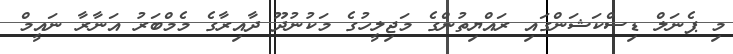
މި ޕެނަލް ޑިސްކަޝަންގައި ރައްޔިތުންގެ މަޖިލީހުގެ މަކުނުދޫ ދާއިރާގެ މެމްބަރު އަނާރާ ނައީމް